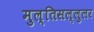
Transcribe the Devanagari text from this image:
मुल्तिसल्लुलर